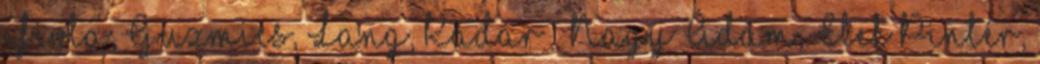
Fiola, Guzmics, Lang, Kádár – Nagy Ádám, Elek Pintér,